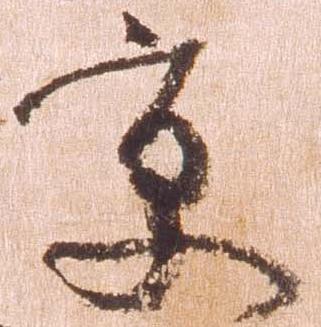
京